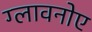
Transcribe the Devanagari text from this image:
ग्लावनोए